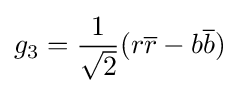
g_{3}={\frac {1}{\sqrt {2}}}(r{\overline {r}}-b{\overline {b}})